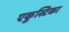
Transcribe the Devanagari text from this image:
एकुस्टिका